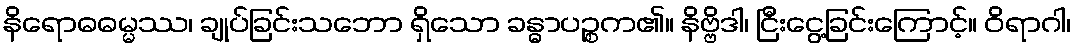
နိရောဓဓမ္မဿ၊ ချုပ်ခြင်းသဘော ရှိသော ခန္ဓာပဉ္စက၏။ နိဗ္ဗိဒါ၊ ငြီးငွေ့ခြင်းကြောင့်။ ဝိရာဂါ၊